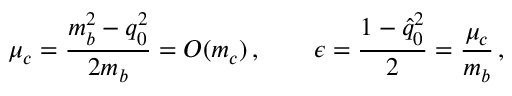
\mu _ { c } = \frac { m _ { b } ^ { 2 } - q _ { 0 } ^ { 2 } } { 2 m _ { b } } = O ( m _ { c } ) \, , \qquad \epsilon = \frac { 1 - \hat { q } _ { 0 } ^ { 2 } } { 2 } = \frac { \mu _ { c } } { m _ { b } } \, ,